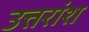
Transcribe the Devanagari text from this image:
उत्तरांश